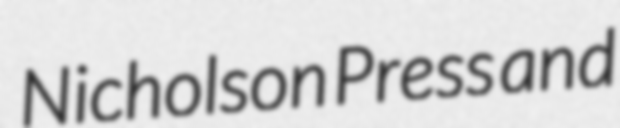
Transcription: Nicholson Press and